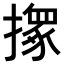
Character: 𢶢